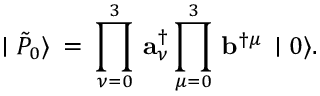
\mid \tilde { P } _ { 0 } \rangle \: = \: \prod _ { \nu = 0 } ^ { 3 } \, { \mathbf a } _ { \nu } ^ { \dagger } \prod _ { \mu = 0 } ^ { 3 } \, { \mathbf b } ^ { \dagger \mu } \, \mid 0 \rangle .